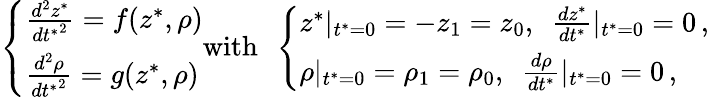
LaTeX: \left\{ \begin{array}{ll}{\frac{d^{2}z^{*}}{{dt^{*}}^{2}}=f(z^{*},\rho)}\\ {\frac{d^{2}\rho}{{dt^{*}}^{2}}=g(z^{*},\rho)}\end{array}\right.\mathrm{with}\ \ \left\{ \begin{array}{ll}{z^{*}|_{t^{*}=0}=-z_{1}=z_{0},\ \ \frac{dz^{*}}{dt^{*}}|_{t^{*}=0}=0\, ,}\\ {\rho|_{t^{*}=0}=\rho_{1}=\rho_{0},\ \ \frac{d\rho}{dt^{*}}|_{t^{*}=0}=0\, ,}\end{array}\right.